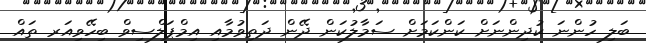
ބަލި ހުންނަ ކުދިންނަށް ކަންކަމަށް ސަމާލުކަން ދޭން ދަތިވުމާއި އިމްޕަލްސިވް ބިހޭވިއަރ ތައް